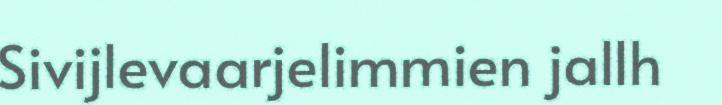
Sivijlevaarjelimmien jallh